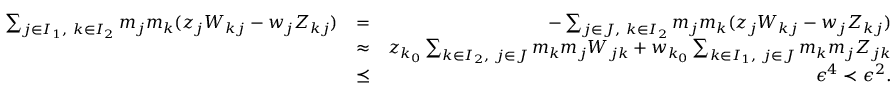
\begin{array} { r l r } { \sum _ { j \in I _ { 1 } , \ k \in I _ { 2 } } m _ { j } m _ { k } ( z _ { j } W _ { k j } - w _ { j } Z _ { k j } ) } & { = } & { - \sum _ { j \in J , \ k \in I _ { 2 } } m _ { j } m _ { k } ( z _ { j } W _ { k j } - w _ { j } Z _ { k j } ) } \\ & { \approx } & { z _ { k _ { 0 } } \sum _ { k \in I _ { 2 } , \ j \in J } m _ { k } m _ { j } W _ { j k } + w _ { k _ { 0 } } \sum _ { k \in I _ { 1 } , \ j \in J } m _ { k } m _ { j } Z _ { j k } } \\ & { \preceq } & { \epsilon ^ { 4 } \prec \epsilon ^ { 2 } . } \end{array}